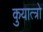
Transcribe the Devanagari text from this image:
कुयात्त्रो